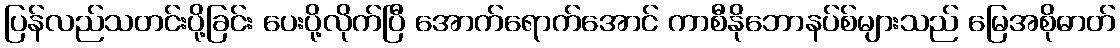
ပြန်လည်သတင်းပို့ခြင်း ပေးပို့လိုက်ပြီ အောက်ရောက်အောင် ကာစီနိုဘောနပ်စ်များသည် မြေအစိုဓာတ်